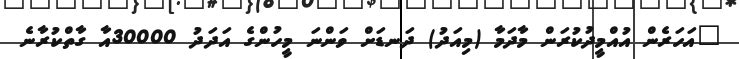
"އަހަރެން އުއްމީދުކުރަން މާދަމާ (މިއަދު) ދަނޑަށް ވަންނަ މީހުންގެ އަދަދު 30000އާ ގާތްކުރާނެ